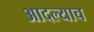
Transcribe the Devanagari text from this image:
आदल्याच